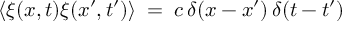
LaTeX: \langle \xi ( x , t ) \xi ( x ^ { \prime } , t ^ { \prime } ) \rangle \; = \; c \, \delta ( x - x ^ { \prime } ) \, \delta ( t - t ^ { \prime } )